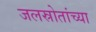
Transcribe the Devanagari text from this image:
जलस्रोतांच्या